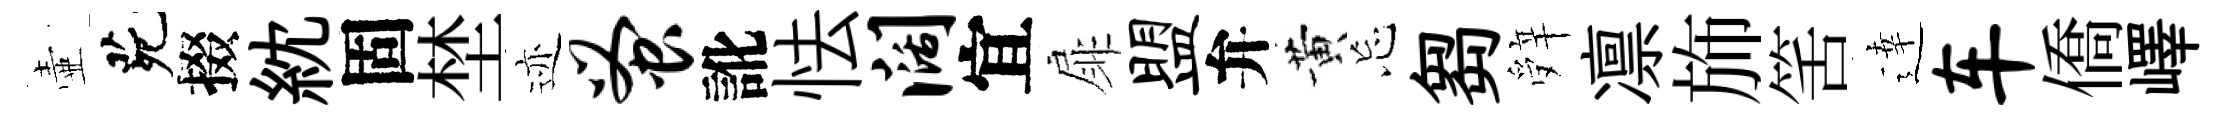
壷茕掇紞固埜迹蚤訛怯阔宜扉盟弁黄忘芻辤凛斾筈逹车僑嶧